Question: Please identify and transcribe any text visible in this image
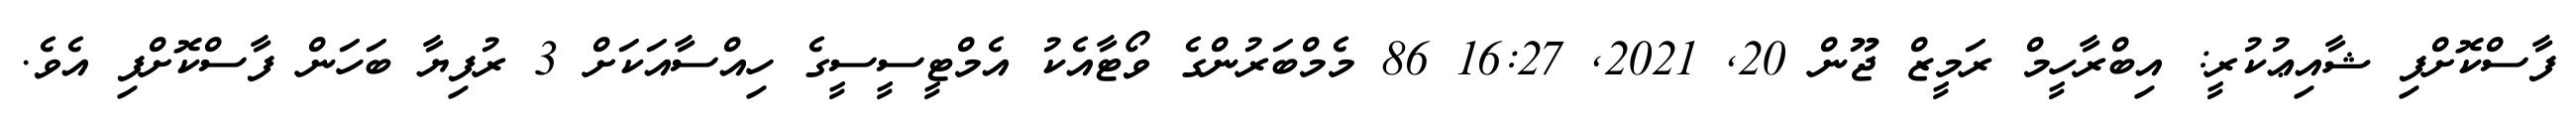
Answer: ފާސްކޮށްފި ޝާއިޢުކުރީ: އިބްރާހީމް ރަމީޒް ޖޫން 20, 2021, 16:27 86 މެމްބަރުންގެ ވޯޓާއެކު އެމްޓީސީސީގެ ހިއްސާއަކަށް 3 ރުފިޔާ ބަހަން ފާސްކޮށްފި އެވެ.